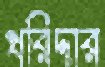
খরিদ্দার